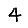
Digit: 4